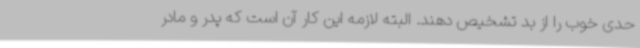
حدی خوب را از بد تشخیص دهند. البته لازمه این کار آن است که پدر و مادر